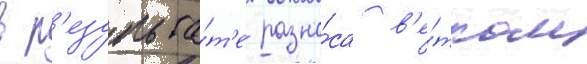
в р'езульта́т'е разно́са в'е́тром